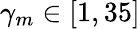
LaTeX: \gamma_{m}\in[1,35]